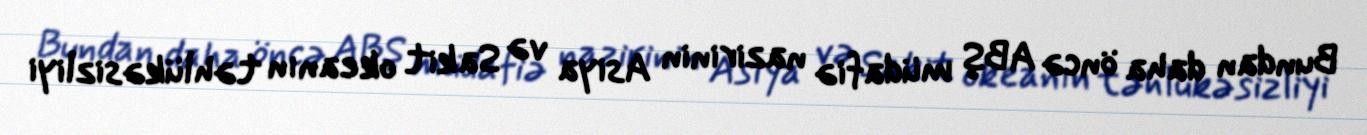
Bundan daha öncə ABŞ müdafiə nazirinin Asiya və Sakit okeanın təhlükəsizliyi